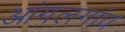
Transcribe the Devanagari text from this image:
आंगलगांव